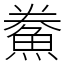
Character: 鮝